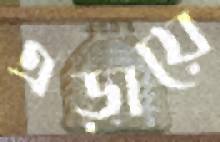
এড়ায়ে